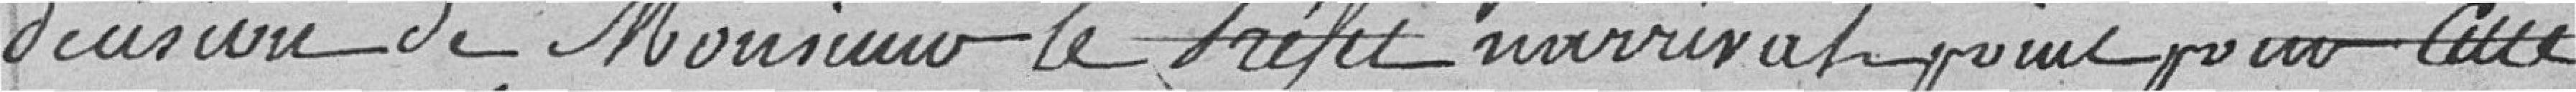
décision de Monsieur le Préfet n'arrivait que pour cette